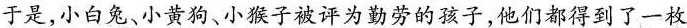
于是，小白兔、小黄狗、小猴子被评为勤劳的孩子，他们都得到了一枚